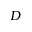
D